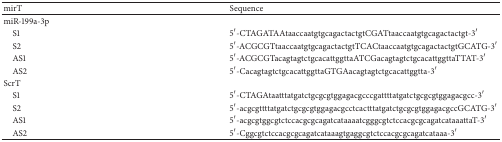
<table><thead><tr><td><b>mirT</b></td><td><b>Sequence</b></td></tr></thead><tbody><tr><td>miR-199a-3p</td><td>[EMPTY_CELL]</td></tr><tr><td> S1</td><td>5′-CTAGATAAtaaccaatgtgcagactactgtCGATtaaccaatgtgcagactactgt-3′</td></tr><tr><td> S2</td><td>5′-ACGCGTtaaccaatgtgcagactactgtTCACtaaccaatgtgcagactactgtGCATG-3′</td></tr><tr><td> AS1</td><td>5′-ACGCGTacagtagtctgcacattggttaATCGacagtagtctgcacattggttaTTAT-3′</td></tr><tr><td> AS2</td><td>5′-CacagtagtctgcacattggttaGTGAacagtagtctgcacattggtta-3′</td></tr><tr><td>ScrT</td><td>[EMPTY_CELL]</td></tr><tr><td> S1</td><td>5′-CTAGAtaatttatgatctgcgcgtggagacgcccgattttatgatctgcgcgtggagacgcc-3′</td></tr><tr><td> S2</td><td>5′-acgcgttttatgatctgcgcgtggagacgcctcactttatgatctgcgcgtggagacgccGCATG-3′</td></tr><tr><td> AS1</td><td>5′-acgcgtggcgtctccacgcgcagatcataaaatcgggcgtctccacgcgcagatcataaattaT-3′</td></tr><tr><td> AS2</td><td>5′-Cggcgtctccacgcgcagatcataaagtgaggcgtctccacgcgcagatcataaa-3′</td></tr></tbody></table>